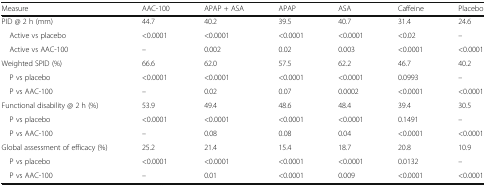
<table><thead><tr><td><b>Measure</b></td><td><b>AAC-100</b></td><td><b>APAP + ASA</b></td><td><b>APAP</b></td><td><b>ASA</b></td><td><b>Caffeine</b></td><td><b>Placebo</b></td></tr></thead><tbody><tr><td>PID @ 2 h (mm)</td><td>44.7</td><td>40.2</td><td>39.5</td><td>40.7</td><td>31.4</td><td>24.6</td></tr><tr><td> Active vs placebo</td><td>&lt;0.0001</td><td>&lt;0.0001</td><td>&lt;0.0001</td><td>&lt;0.0001</td><td>&lt;0.02</td><td>–</td></tr><tr><td> Active vs AAC-100</td><td>–</td><td>0.002</td><td>0.02</td><td>0.003</td><td>&lt;0.0001</td><td>&lt;0.0001</td></tr><tr><td>Weighted SPID (%)</td><td>66.6</td><td>62.0</td><td>57.5</td><td>62.2</td><td>46.7</td><td>40.2</td></tr><tr><td> P vs placebo</td><td>&lt;0.0001</td><td>&lt;0.0001</td><td>&lt;0.0001</td><td>&lt;0.0001</td><td>0.0993</td><td>–</td></tr><tr><td> P vs AAC-100</td><td>–</td><td>0.02</td><td>0.07</td><td>0.0002</td><td>&lt;0.0001</td><td>&lt;0.0001</td></tr><tr><td>Functional disability @ 2 h (%)</td><td>53.9</td><td>49.4</td><td>48.6</td><td>48.4</td><td>39.4</td><td>30.5</td></tr><tr><td> P vs placebo</td><td>&lt;0.0001</td><td>&lt;0.0001</td><td>&lt;0.0001</td><td>&lt;0.0001</td><td>0.1491</td><td>–</td></tr><tr><td> P vs AAC-100</td><td>–</td><td>0.08</td><td>0.08</td><td>0.04</td><td>&lt;0.0001</td><td>&lt;0.0001</td></tr><tr><td>Global assessment of efficacy (%)</td><td>25.2</td><td>21.4</td><td>15.4</td><td>18.7</td><td>20.8</td><td>10.9</td></tr><tr><td> P vs placebo</td><td>&lt;0.0001</td><td>&lt;0.0001</td><td>&lt;0.0001</td><td>&lt;0.0001</td><td>0.0132</td><td>–</td></tr><tr><td> P vs AAC-100</td><td>–</td><td>0.01</td><td>&lt;0.0001</td><td>0.009</td><td>&lt;0.0001</td><td>&lt;0.0001</td></tr></tbody></table>